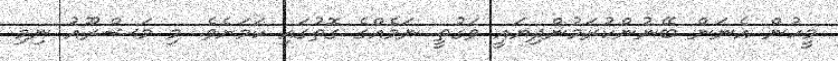
މީހުން އެނަން ބޭނުންކުރަމުންދިޔައީ ވަގުތީ ނަމެއްގެ ގޮތުގައި ކަމަށެވެ. މި މަޝްރޫއު ނިމި